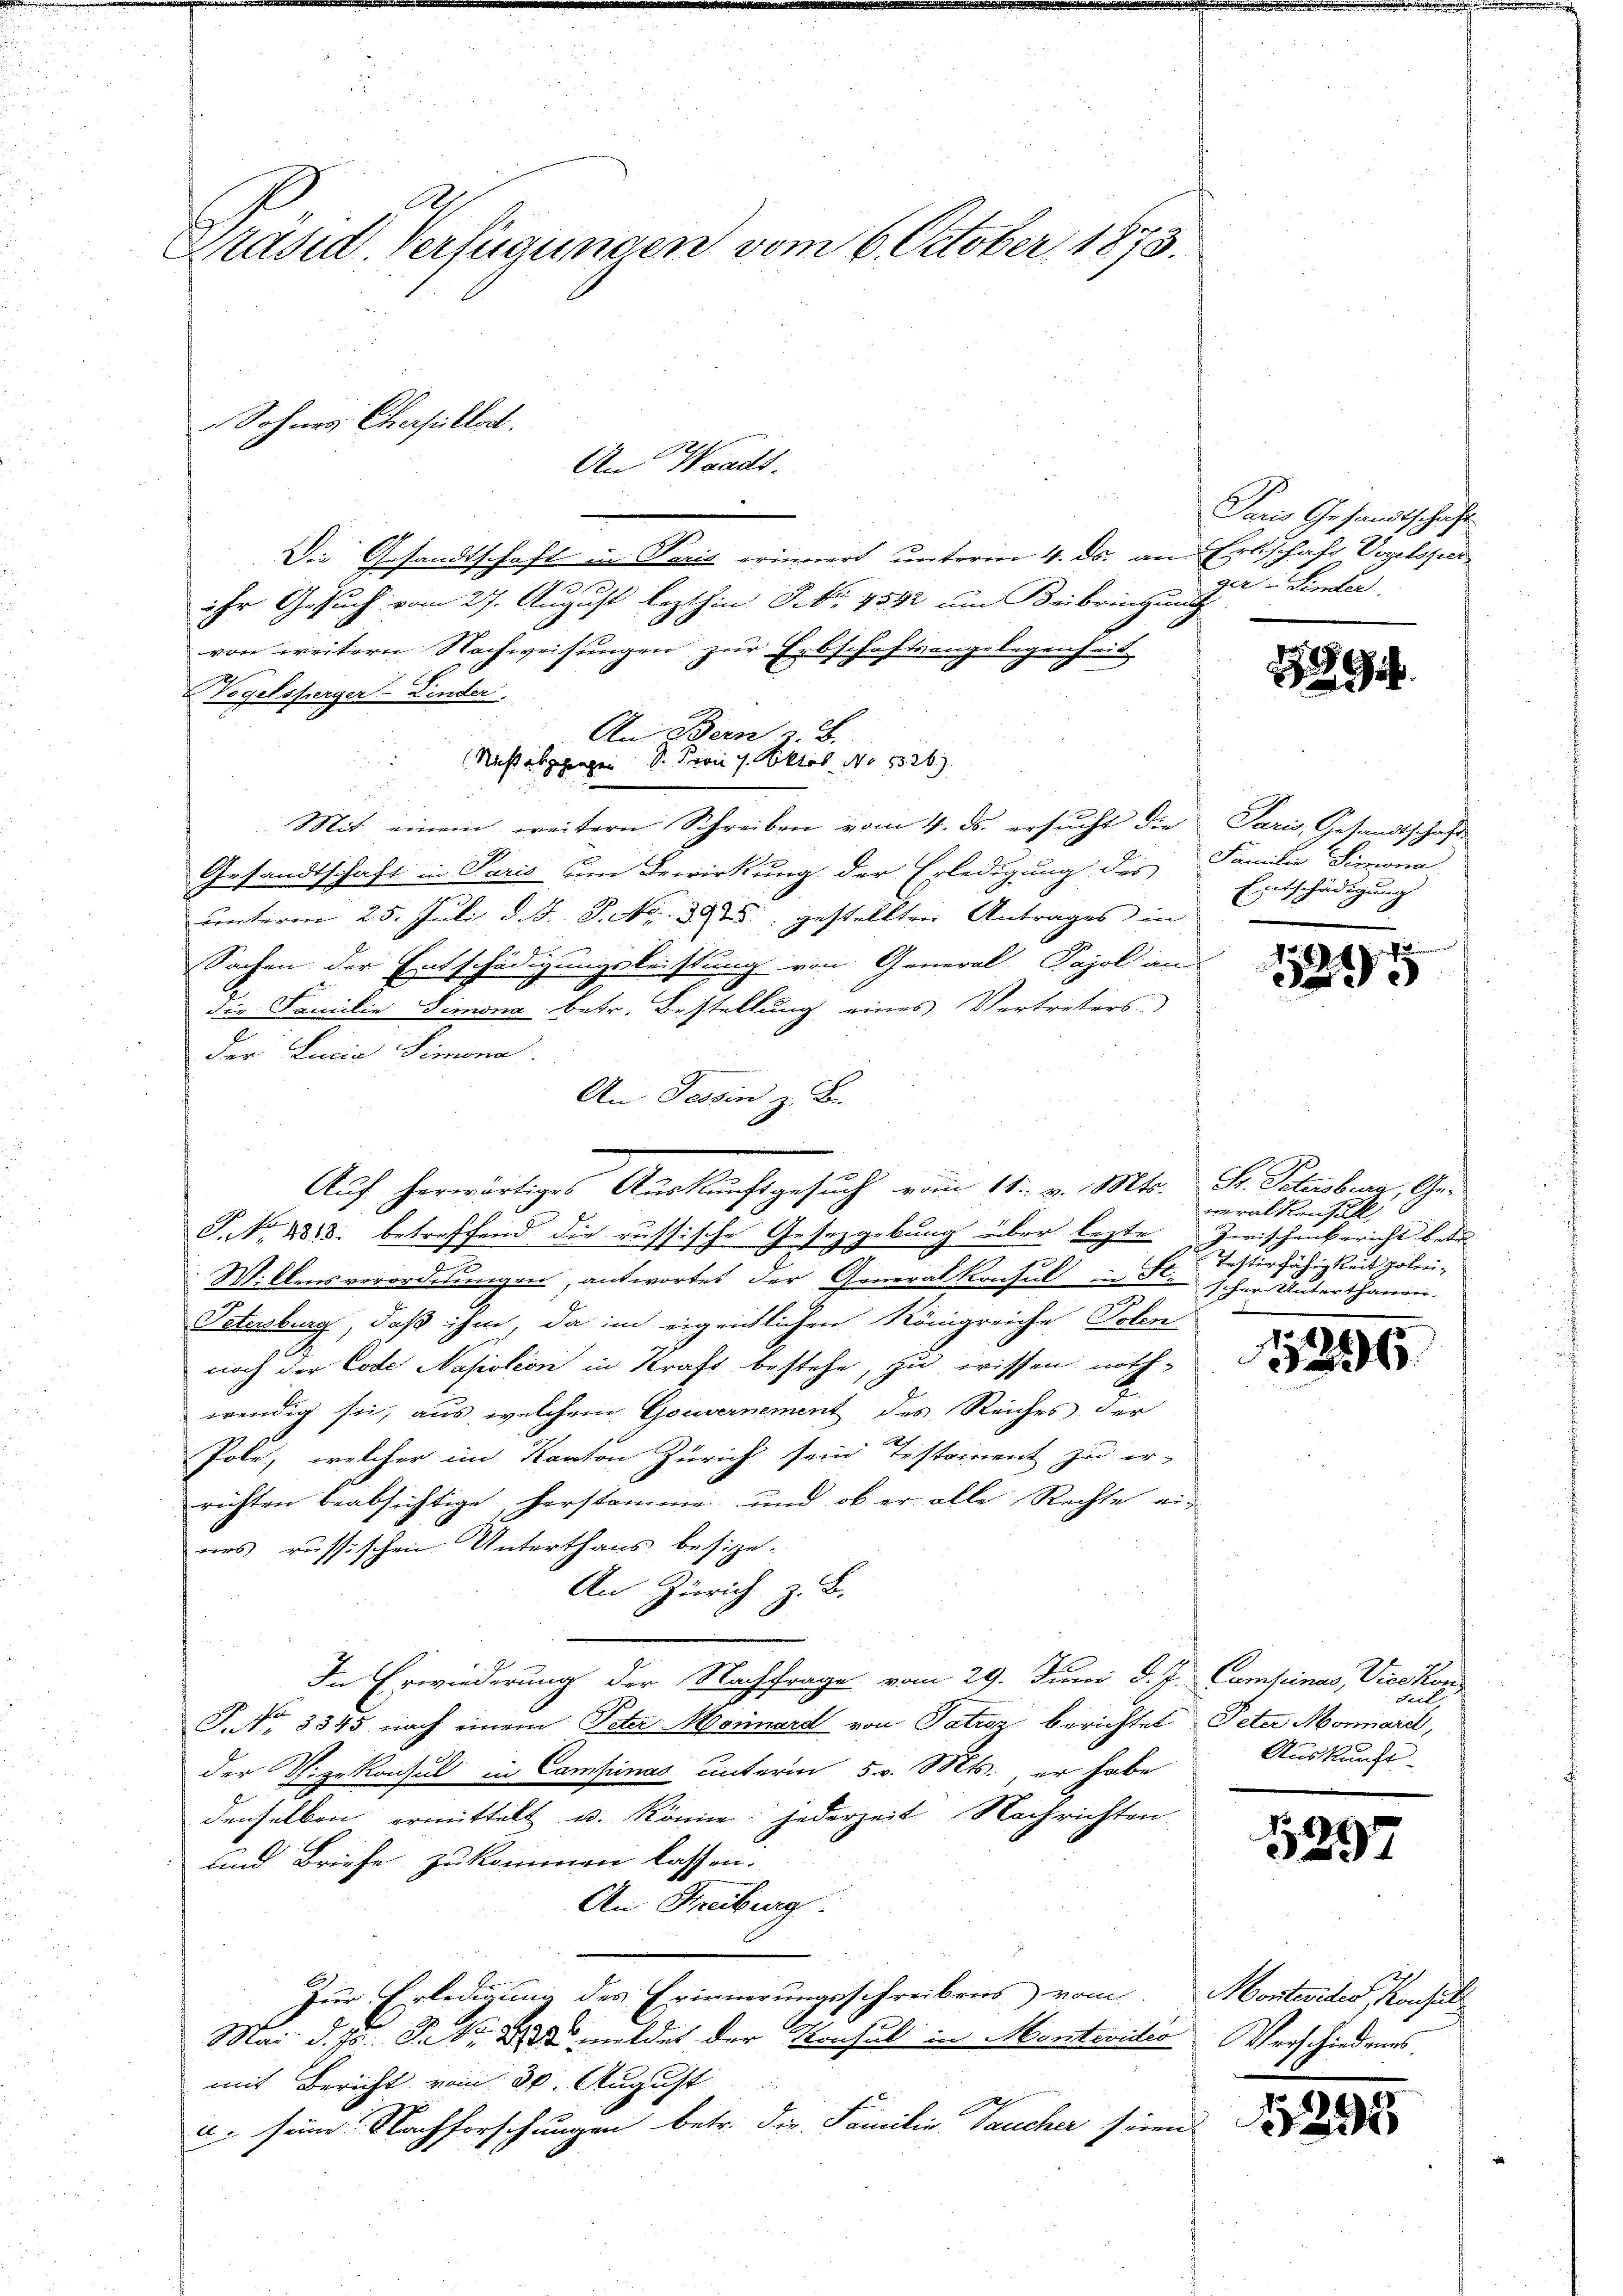
Präsid Verfügungen vom 6. October 1873.

Die Gesandtschaft u. Paris erinnert unterm 4. ds. an Erbschaft Vogelspiele
ihr Gesuch vom 27. August lezthin P. Nr. 4592 um Beibringung
von weitern Nachweisungen zur Erbschaftsangelegenheit
Vogelsperger-Linder,
An Bern z. B.
(Nicht abgegangen S. Frau 1. Oktob. No 1326)
Mit einem weitern Schreiben vom 4. ds. ersŭcht die
Gesandtschaft in Paris um Bewirkung der Erledigung des Familie Simoria
unterm 25. Juli d. J. P. Nr. 391 gestellten Antrages in
Sachen der Entschädigungsleistung von General-Pajol an
die Familie Simona betr. Bestellung eines Vertreters
der Lucia Simona
An Tessin z. B.

S No 883. betreffend die russische Gesetzgebung über lezte Zwischenbericht betr.
7
W. Ebensverordnungen, antwortet der Generalkonsul in S. scher Unterthanen-
Petenburg, daß ihm, da im eigentlichen Königreiche Polen
noch der Code Napoleon in Kraft bestehe, zu wissen noth-
wendig sei, aus, welchem Gouvernement des Reiches der
Pole, welcher im Kanton Zürich sein Testament zu er-
richten beabsichtige, herstamme, und ob er alle Rechte ei-
nes russischen Unterthans besize¬
An Zürich z. B.
In Erwiederung der Nachfrage vom 29. Juni d. J. Campinas Vicekon
S. Nr. 3345 nach einem Peter. Mornard von Patroz berichtet Peter Monnaie,
der Vizekonsul in Campinas unterm 5. v. Mts. er habe
denselben ermittelt u. könne, jederzeit Nachrichten
und Briefe zukommen lassen.
An Freiburg.
Zur Erledigung des Erinnerungsschreibens vom Montevides, Konsult
Mai d. Js. dato meldet der Konsul in Montevider Verschiedenes
mit Bericht vom 30. August
u. seine Nachforschungen betr. die Familie Taucher sinnt

Sohnes Cherfelloit.
An Waadt.

Auf herwärtiges Auskunftgesuch vom 11. v. Mts. St. Potenberg, Ge¬

Paris Gesandtschaft
zu Kemter.

29

Paris, Gesandtschaft
Entschädigung

s
5

veralkonsul
Tetterfähigkeit holen¬

12

Feil
Auskunft.

5297

1293